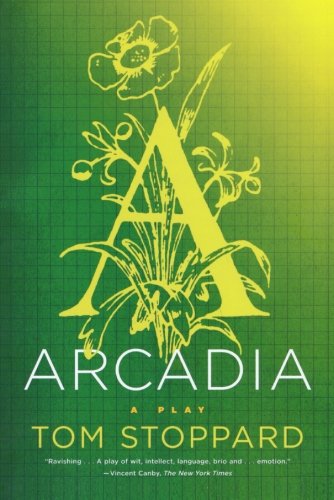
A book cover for Arcadia: A Play; Tom Stoppard; Literature & Fiction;